Report on vaccination for the Province of Oudh 1871 -
Year: 1871
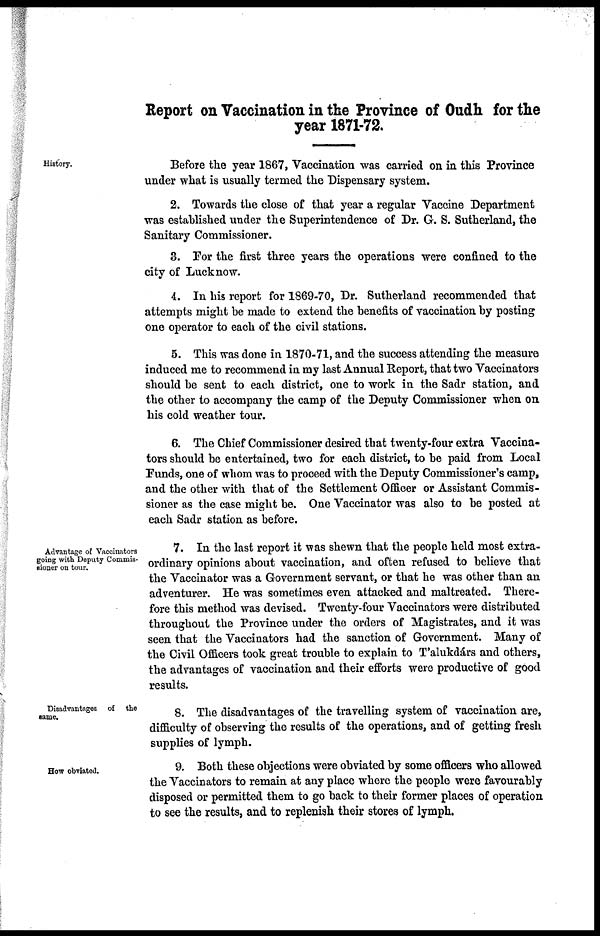
Report on Vaccination in the Province of Oudh for the
year 1871-72.
History.
Before the year 1867, Vaccination was carried on in this Province
under what is usually termed the Dispensary system.
2. Towards the close of that year a regular Vaccine Department
was established under the Superintendence of Dr. G. S. Sutherland, the
Sanitary Commissioner.
3. For the first three years the operations were confined to the
city of Lucknow.
4. In his report for 1869-70, Dr. Sutherland recommended that
attempts might be made to extend the benefits of vaccination by posting
one operator to each of the civil stations.
5. This was done in 1870-71, and the success attending the measure
induced me to recommend in my last Annual Report, that two Vaccinators
should be sent to each district, one to work in the Sadr station, and
the other to accompany the camp of the Deputy Commissioner when on
his cold weather tour.
6. The Chief Commissioner desired that twenty-four extra Vaccina-
tors should be entertained, two for each district, to be paid from Local
Funds, one of whom was to proceed with the Deputy Commissioner's camp,
and the other with that of the Settlement Officer or Assistant Commis-
sioner as the case might be. One Vaccinator was also to be posted at
each Sadr station as before.
Advantage of Vaccinators
going with Deputy Commis-
sioner on tour.
7. In the last report it was shewn that the people held most extra-
ordinary opinions about vaccination, and often refused to believe that
the Vaccinator was a Government servant, or that he was other than an
adventurer. He was sometimes even attacked and maltreated. There-
fore this method was devised. Twenty-four Vaccinators were distributed
throughout the Province under the orders of Magistrates, and it was
seen that the Vaccinators had the sanction of Government. Many of
the Civil Officers took great trouble to explain to T'alukdárs and others,
the advantages of vaccination and their efforts were productive of good
results.
Disadvantages of
the
same.
8. The disadvantages of the travelling system of vaccination are,
difficulty of observing the results of the operations, and of getting fresh
supplies of lymph.
How obviated.
9. Both these objections were obviated by some officers who allowed
the Vaccinators to remain at any place where the people were favourably
disposed or permitted them to go back to their former places of operation
to see the results, and to replenish their stores of lymph.